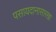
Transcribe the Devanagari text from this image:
पसायदानासारखा